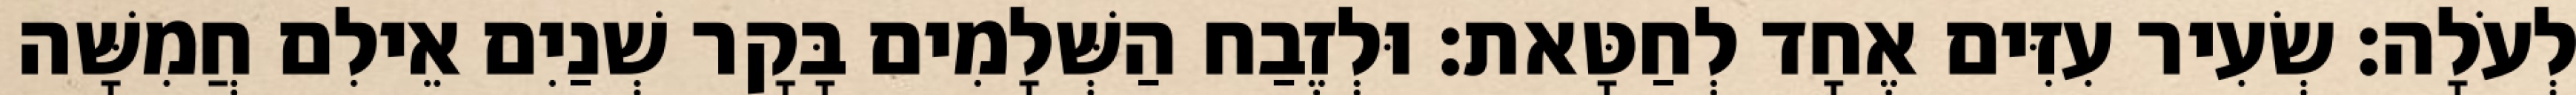
לְעֹלָה׃ שְׂעִיר עִזִּים אֶחָד לְחַטָּאת׃ וּלְזֶבַח הַשְּׁלָמִים בָּקָר שְׁנַיִם אֵילִם חֲמִשָּׁה